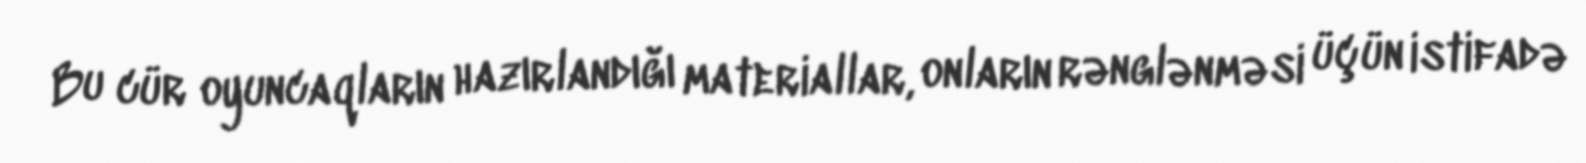
Bu cür oyuncaqların hazırlandığı materiallar, onların rənglənməsi üçün istifadə